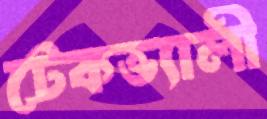
টেকভ্যালী